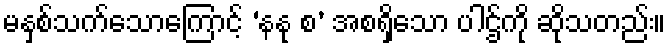
မနှစ်သက်သောကြောင့် ‘နနု စ’ အစရှိသော ပါဌ်ကို ဆိုသတည်း။